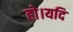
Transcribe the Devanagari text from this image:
हो।यदि